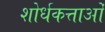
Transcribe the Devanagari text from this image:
शोर्धकत्ताओं